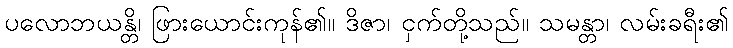
ပလောဘယန္တိ၊ ဖြားယောင်းကုန်၏။ ဒိဇာ၊ ငှက်တို့သည်။ သမန္တာ၊ လမ်းခရီး၏